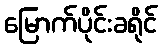
မြောက်ပိုင်းခရိုင်